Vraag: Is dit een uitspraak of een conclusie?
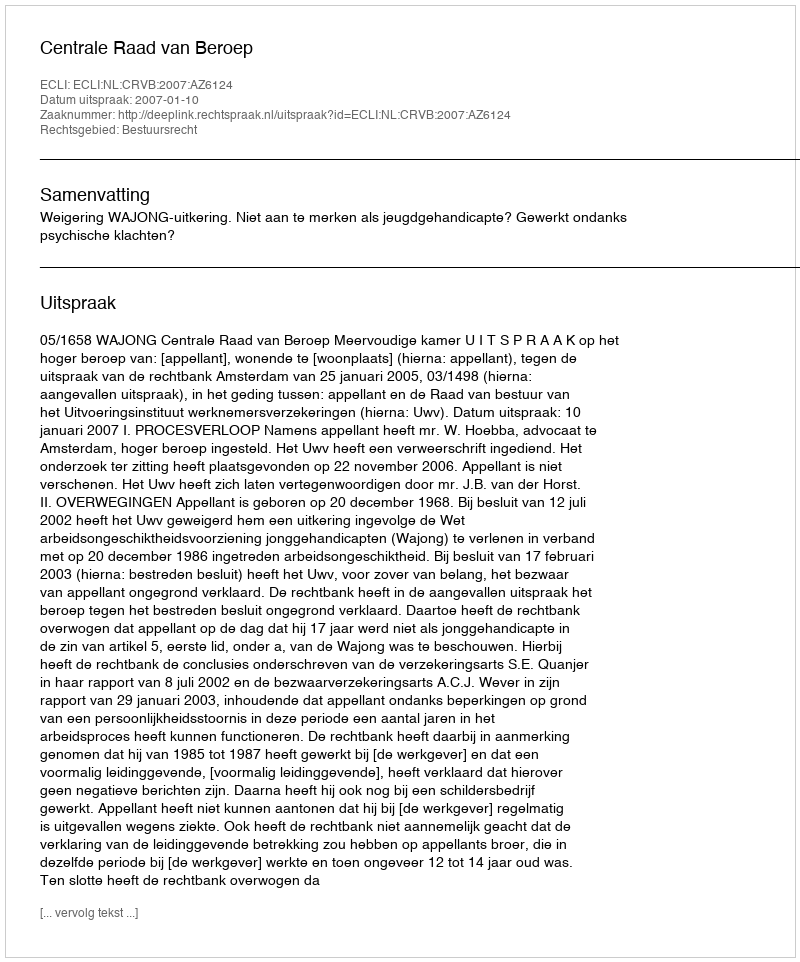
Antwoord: Uitspraak